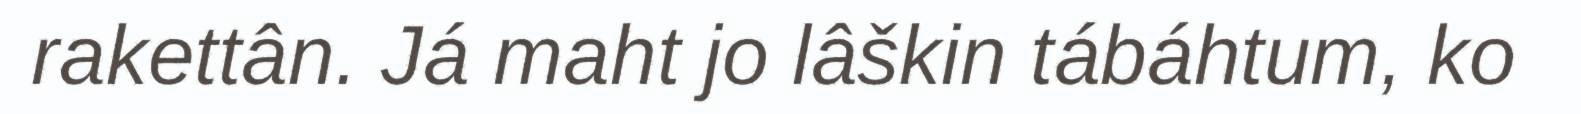
rakettân. Já maht jo lâškin tábáhtum, ko